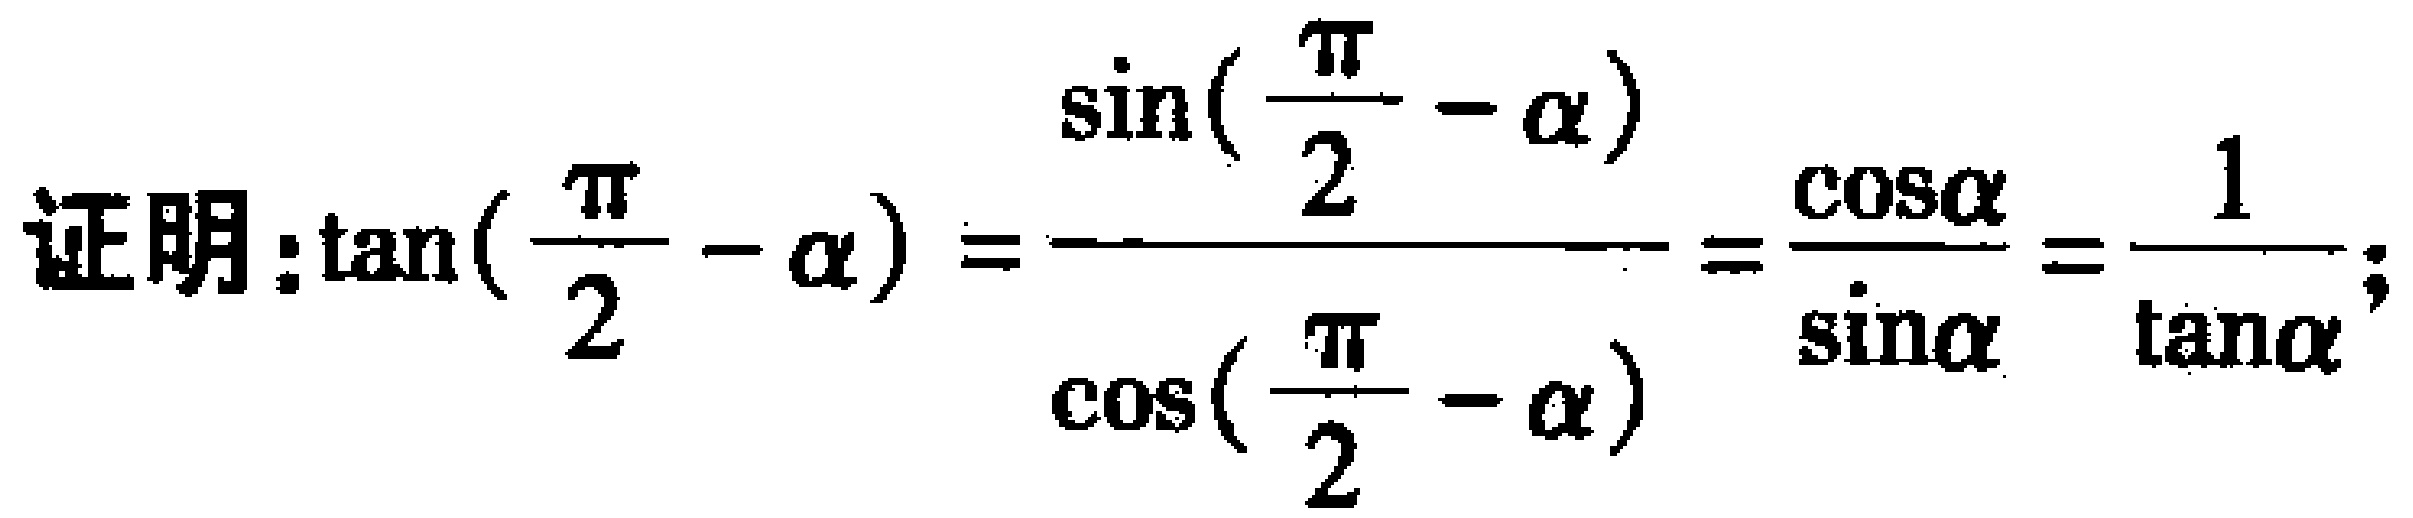
证明：\(\tan(\frac{\pi}{2} - \alpha) = \frac{\sin(\frac{\pi}{2} - \alpha)}{\cos(\frac{\pi}{2} - \alpha)} = \frac{\cos\alpha}{\sin\alpha} = \frac{1}{\tan\alpha}\)；